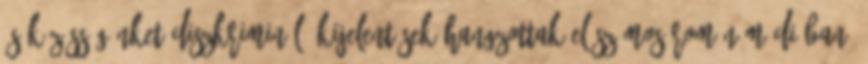
és közösségünket diszkrimináló kijelentések hangzottak el számos román médiában,